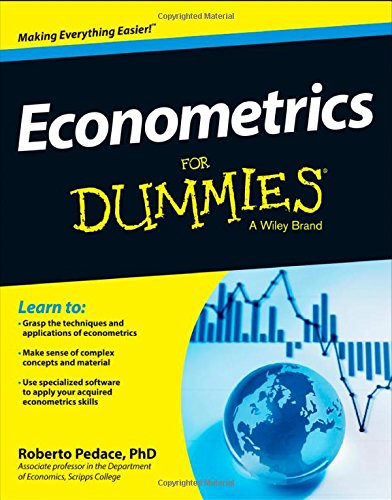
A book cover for Econometrics For Dummies; Roberto Pedace; Business & Money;